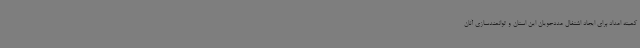
کمیته امداد برای ایجاد اشتغال مددجویان این استان و توانمندسازی آنان